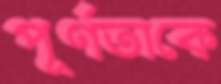
পূর্ণতাকে